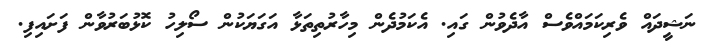
ނަޝީދައް ވެރިކަމައްވެސް އާދެވުން ގައި. އެކަމުދެން މިހާރުތިތަޅާ އަގަޔަކުން ސޯލިހު ކޮޅުބަރުވާން ފަށައިފި.